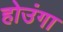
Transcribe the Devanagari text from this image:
होउंगा